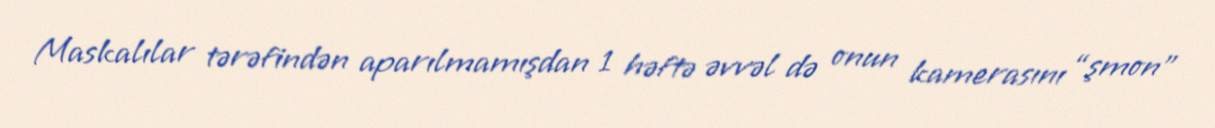
Maskalılar tərəfindən aparılmamışdan 1 həftə əvvəl də onun kamerasını “şmon”